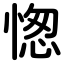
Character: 愡